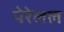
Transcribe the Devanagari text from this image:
पेरेलल